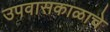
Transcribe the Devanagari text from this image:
उपवासकाळाचे